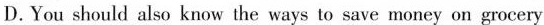
D. You should also know the ways to save money on grocery